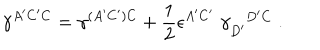
\gamma ^ { A ^ { \prime } C ^ { \prime } C } = \gamma ^ { ( A ^ { \prime } C ^ { \prime } ) C } + { \frac { 1 } { 2 } } \epsilon ^ { A ^ { \prime } C ^ { \prime } } \; \gamma _ { D ^ { \prime } } ^ { D ^ { \prime } C } \; .